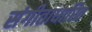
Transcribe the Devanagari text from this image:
संगीताधारित